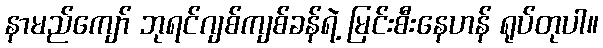
နာမည်ကျော် ဘုရင်ဂျစ်ကျစ်ခန်ရဲ့ မြင်းစီးနေဟန် ရုပ်တုပါ။